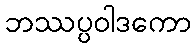
ဘဿပ္ပဝါဒကော